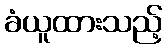
ခံယူထားသည့်